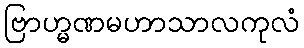
ဗြာဟ္မဏမဟာသာလကုလံ